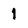
Character: I